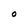
Character: O